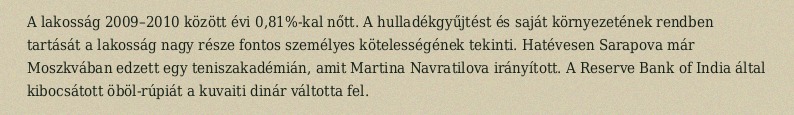
A lakosság 2009–2010 között évi 0,81%-kal nőtt. A hulladékgyűjtést és saját környezetének rendben tartását a lakosság nagy része fontos személyes kötelességének tekinti. Hatévesen Sarapova már Moszkvában edzett egy teniszakadémián, amit Martina Navratilova irányított. A Reserve Bank of India által kibocsátott öböl-rúpiát a kuvaiti dinár váltotta fel.